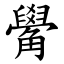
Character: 觷